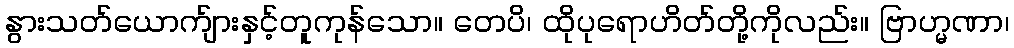
နွားသတ်ယောက်ျားနှင့်တူကုန်သော။ တေပိ၊ ထိုပုရောဟိတ်တို့ကိုလည်း။ ဗြာဟ္မဏာ၊